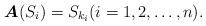
LaTeX: \begin{align*}\boldsymbol{A}(S_i)=S_{k_i}(i=1,2,\ldots,n). \end{align*}